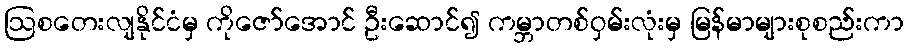
ဩစတေးလျနိုင်ငံမှ ကိုဇော်အောင် ဦးဆောင်၍ ကမ္ဘာတစ်ဝှမ်းလုံးမှ မြန်မာများစုစည်းကာ